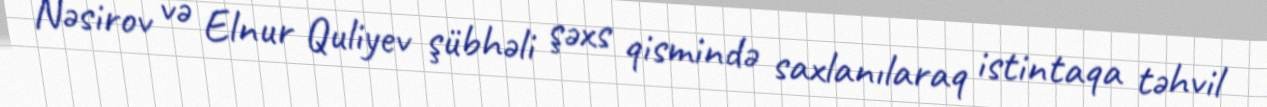
Nəsirov və Elnur Quliyev şübhəli şəxs qismində saxlanılaraq istintaqa təhvil